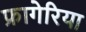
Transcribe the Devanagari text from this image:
फ्रागेरिया